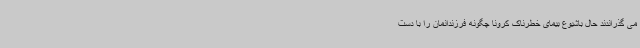
می گذراندند حال باشیوع بیمای خطرناک کرونا چگونه فرزندانمان را با دست